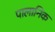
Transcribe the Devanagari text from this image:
पालानिक